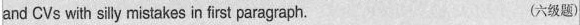
and CVs with silly mistakes in first paragraph. (六级题)